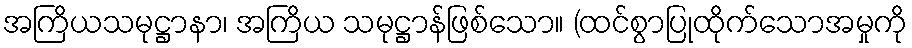
အကြိယသမုဋ္ဌာနာ၊ အကြိယ သမုဋ္ဌာန်ဖြစ်သော။ (ထင်စွာပြုထိုက်သောအမှုကို